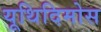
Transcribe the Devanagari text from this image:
यूथिदिमोस